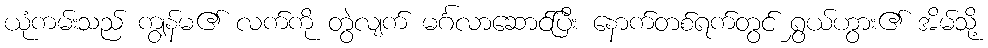
ယုံကမ်းသည် ကျွန်မ၏ လက်ကို တွဲလျက် မင်္ဂလာဆောင်ပြီး နောက်တစ်ရက်တွင် ရွှယ်ဟွား၏ အိမ်သို့